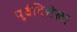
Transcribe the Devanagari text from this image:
पूर्वदिशेला